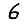
Digit: 6